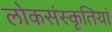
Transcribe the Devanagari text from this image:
लोकसंस्कृतियां